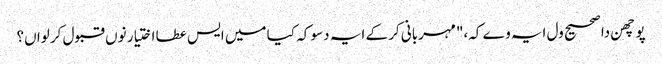
پوچھن دا صحیح ول ایہ وے کہ،"مہربانی کر کے ایہ دسو کہ کیا میں ایس عطا اختیار نوں قبول کر لواں؟